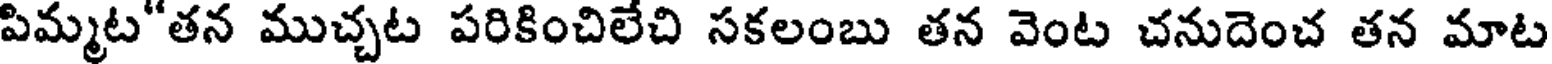
పిమ్మట"తన ముచ్చట పరికించిలేచి సకలంబు తన వెంట చనుదెంచ తన మాట